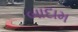
બાદામ